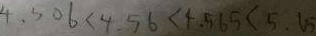
4 . 5 0 6 < 4 . 5 6 < 4 . 5 6 5 < 5 . 6 5